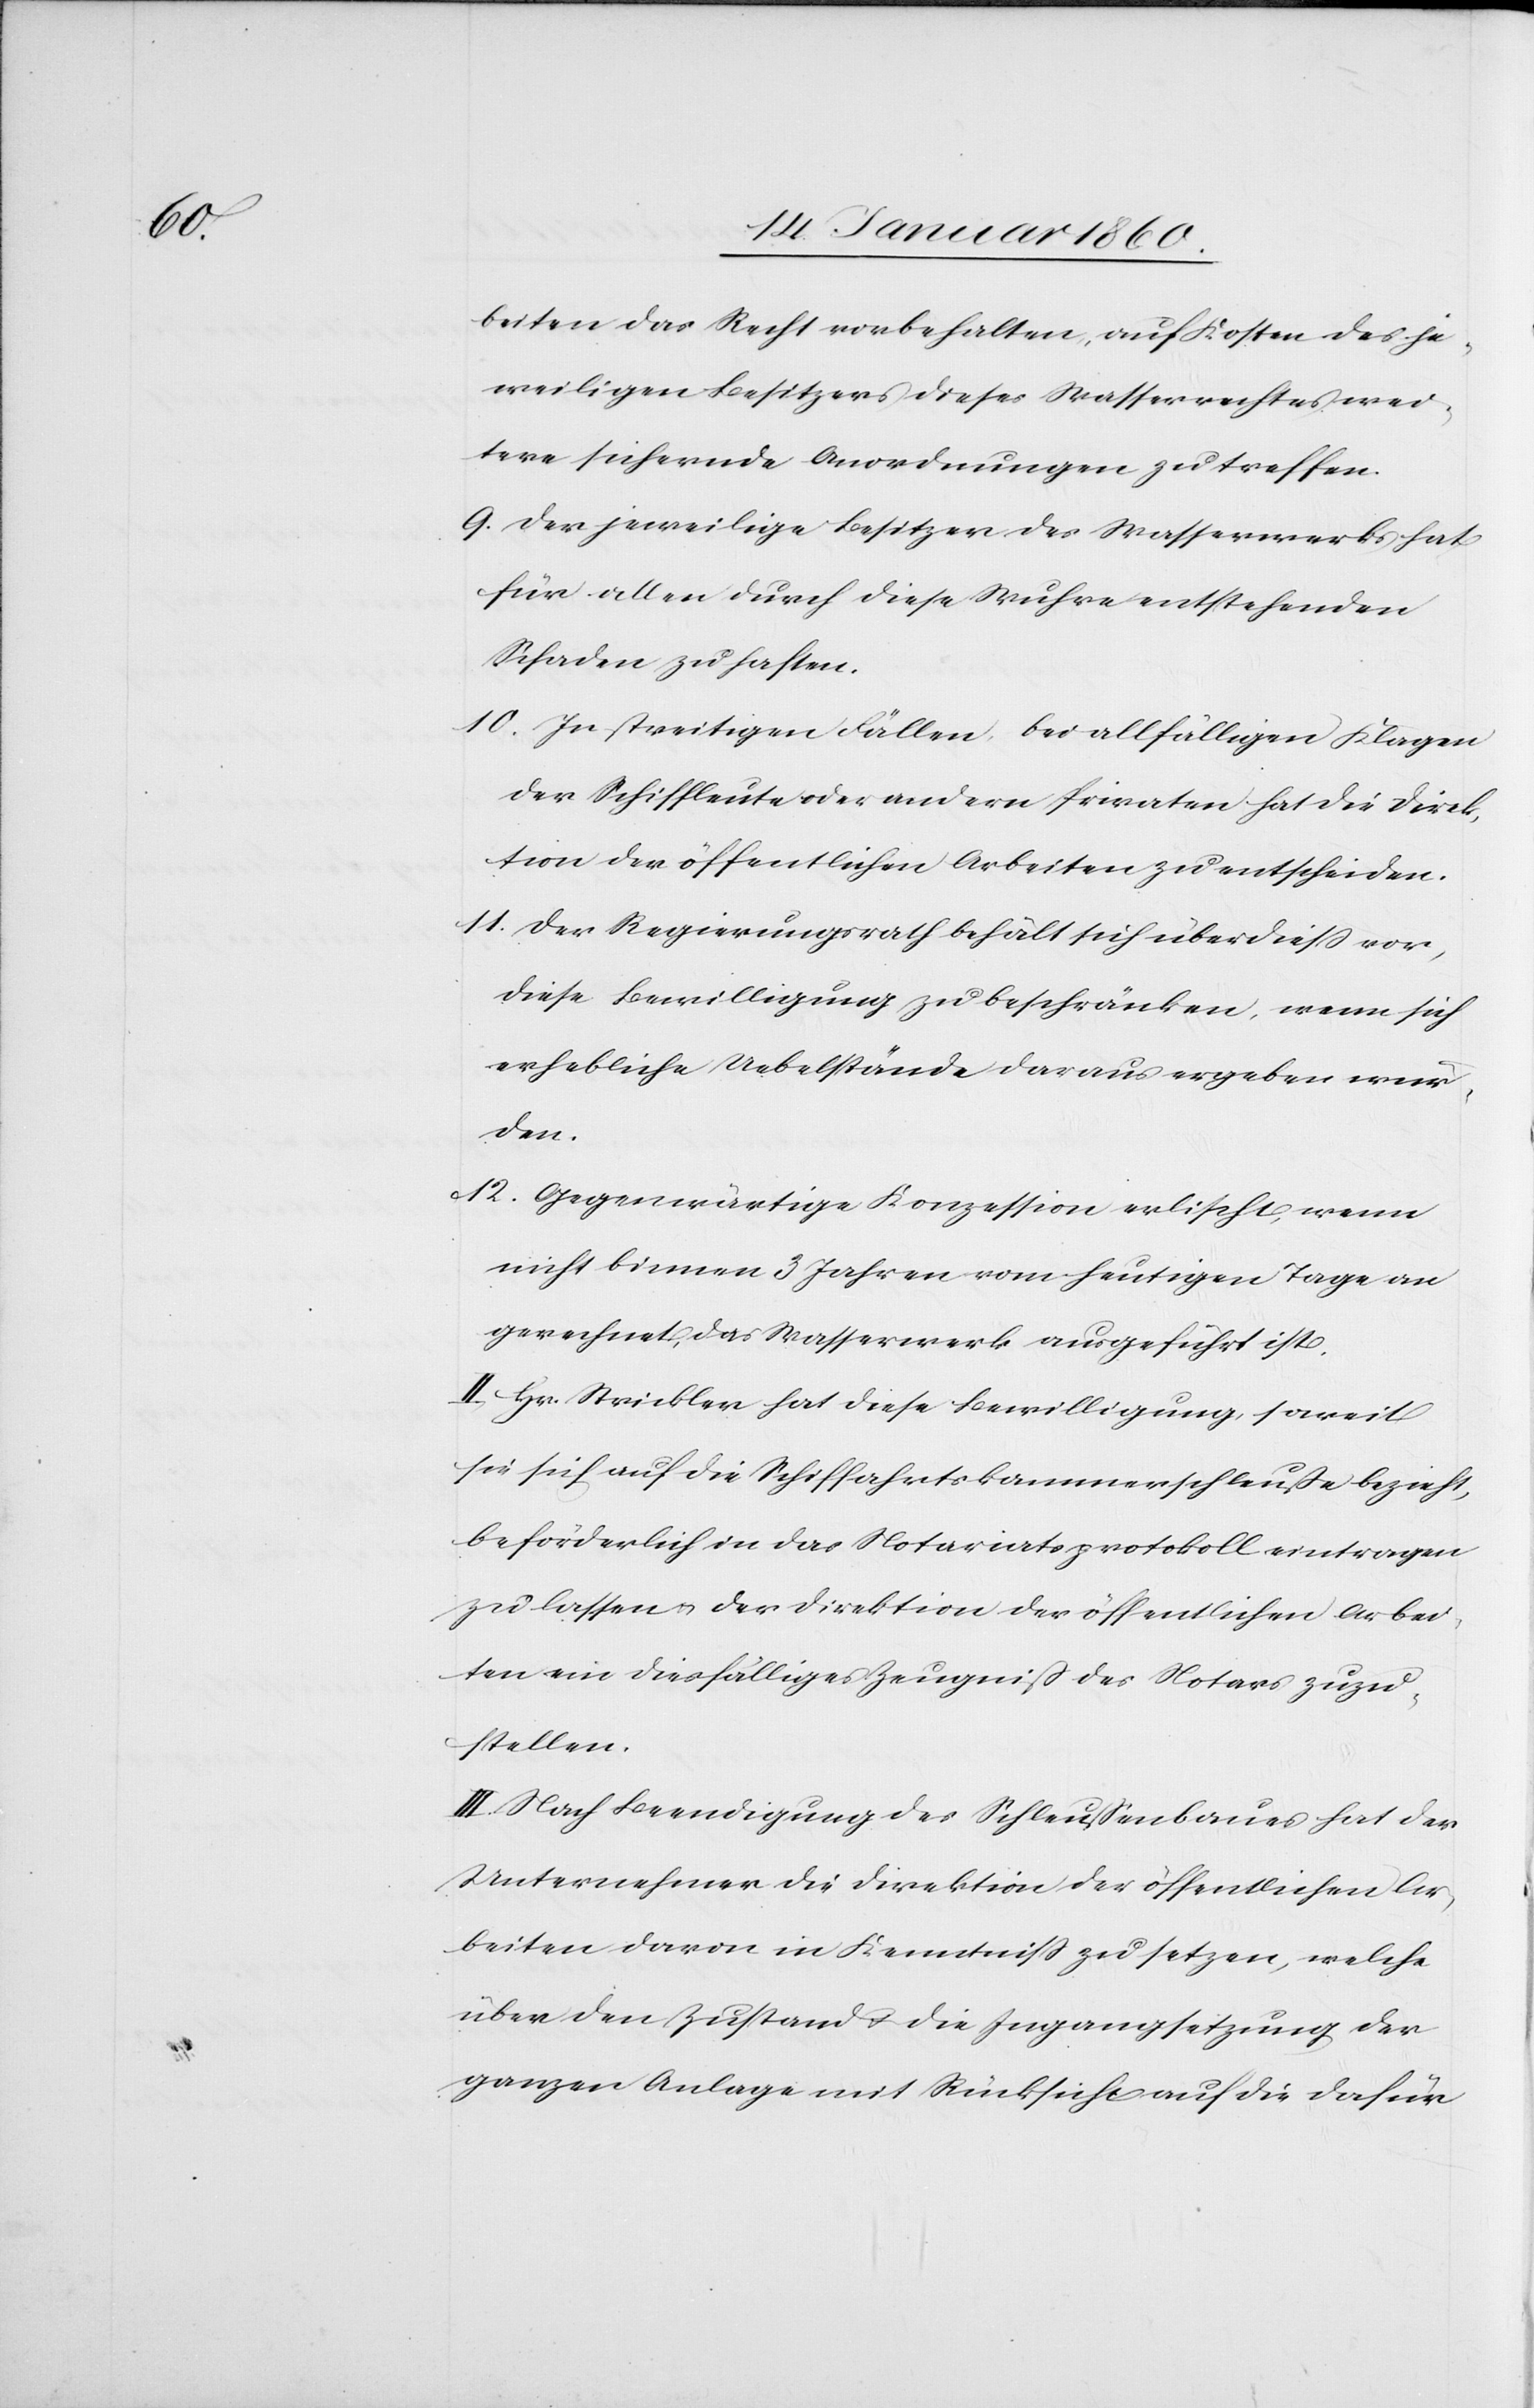
12.

beiten das Recht vorbehalten, auf Kosten des je¬
weiligen Besitzers dieses Wasserrechtes wei¬
tere sichernde Anordnungen zu treffen.
9. Der jeweilige Besitzer des Wasserwerkes hat
für allen durch diese Wuhre entstehenden
Schaden zu haften.
10. In streitigen Fällen, bei allfälligen Klagen
der Schiffleute oder anderer Privaten hat die Direk¬
tion der öffentlichen Arbeiten zu entscheiden.
11. Der Regierungsrath behält sich überdieß vor,
diese Bewilligung zu beschränken, wenn sich
erhebliche Uebelstände daraus ergeben wür¬
den.
Die Gegenwärtige Konzession erlischt, wenn
nicht binnen 3 Jahren vom heutigen Tage an
gerechnet, das Wasserwerk ausgeführt ist.
II. Hr. Strickler hat diese Bewilligung, soweit
sie sich auf die Schiffahrtskammerschleusse bezieht,
beförderlich in das Notariatsprotokoll eintragen
zu lassen u. der Direktion der öffentlichen Arbei¬
ten ein diesfälliges Zeugniß des Notars zuzu¬
stellen.
III. Nach Beendigung des Schleussenbaues hat der
Unternehmer die Direktion der öffentlichen Ar¬
beiten daran in Kenntniß zu setzen, welche
über den Zustand die Ingangsetzung der
ganzen Anlage mit Rücksicht auf die dafür